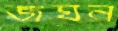
জঘন